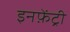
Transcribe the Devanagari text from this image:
इनफ़ेंट्री